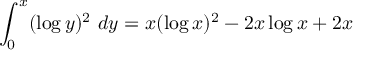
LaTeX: \int _ { 0 } ^ { x } ( \log y ) ^ { 2 } \ d y = x ( \log x ) ^ { 2 } - 2 x \log x + 2 x